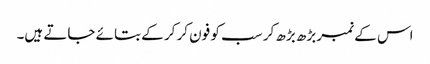
اس کے نمبر بڑھ بڑھ کر سب کو فون کر کر کے بتائے جاتے ہیں۔